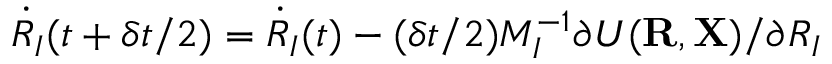
{ \dot { R } } _ { I } ( t + \delta t / 2 ) = { \dot { R } } _ { I } ( t ) - ( \delta t / 2 ) M _ { I } ^ { - 1 } \partial { \cal U } ( { \bf R } , { \bf X } ) / \partial R _ { I }